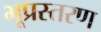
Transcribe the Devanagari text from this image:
भूप्रस्तरण